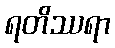
ရတိဿရာ